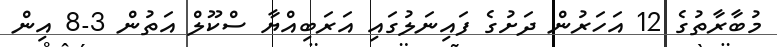
މުބާރާތުގެ 12 އަހަރުން ދަށުގެ ފައިނަލުގައި އަރަބިއްޔާ ސްކޫލް އަތުން 3-8 އިން